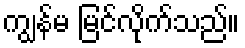
ကျွန်မ မြင်လိုက်သည်။